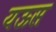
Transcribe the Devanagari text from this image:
यऊस